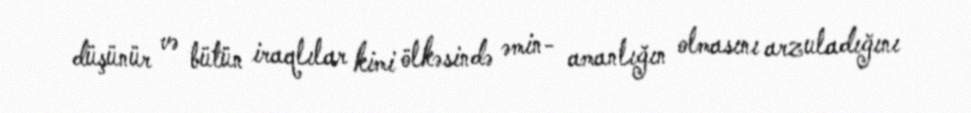
düşünür və bütün iraqlılar kimi ölkəsində əmin- amanlığın olmasını arzuladığını